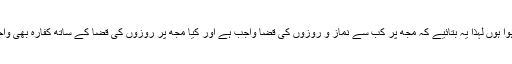
میں قطعی طور سے نہیں جانتا کہ کب بالغ ہوا ہوں لہذا یہ بتائیے کہ مجھ پر کب سے نماز و روزوں کی قضا واجب ہے اور کیا مجھ پر روزوں کی قضا کے ساتھ کفارہ بھی واجب ہے جبکہ میں مسئلہ سے واقف نہیں تھا؟